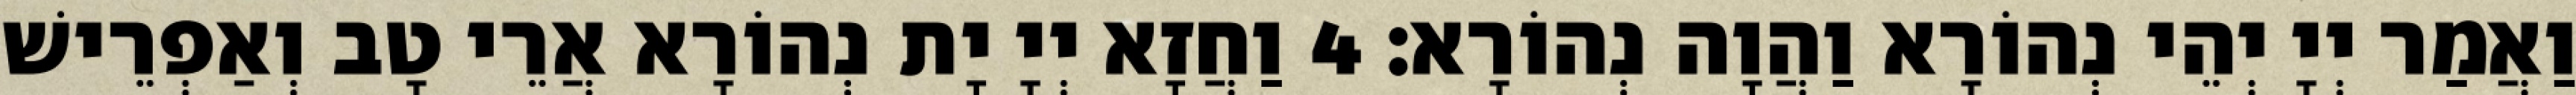
וַאֲמַר יְיָ יְהֵי נְהוֹרָא וַהֲוָה נְהוֹרָא׃ 4 וַחֲזָא יְיָ יָת נְהוֹרָא אֲרֵי טָב וְאַפְרֵישׁ